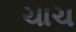
ચાચ